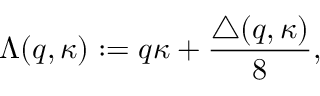
\Lambda ( q , \kappa ) : = q \kappa + \frac { \triangle ( q , \kappa ) } { 8 } ,